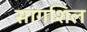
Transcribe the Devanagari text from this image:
सांगशिल